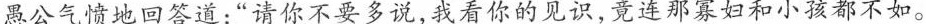
愚公气愤地回答道：“请你不要多说，我看你的见识，竟连那寡妇和小孩都不如。